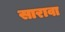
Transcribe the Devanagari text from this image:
सारावा